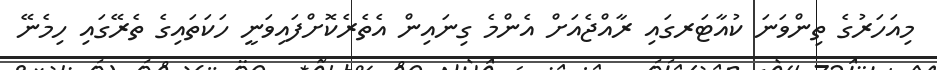
މިއަހަރުގެ ތިންވަނަ ކުއާޓަރގައި ރާއްޖެއަށް އެންމެ ގިނައިން އެތެރެކޮށްފައިވަނީ ހަކަތައިގެ ތެރޭގައި ހިމެނޭ